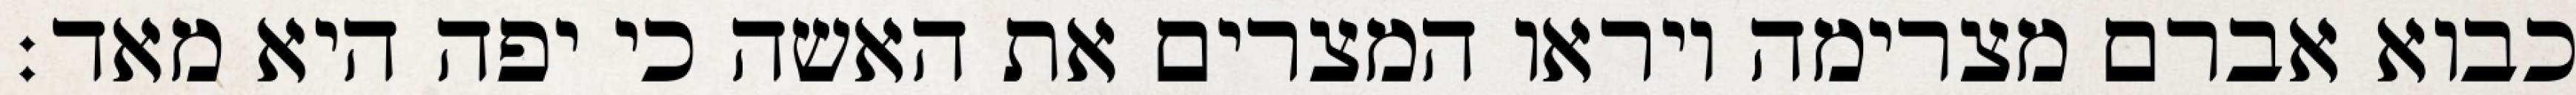
כבוא אברם מצרימה ויראו המצרים את האשה כי יפה היא מאד׃